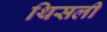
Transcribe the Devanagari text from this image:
थिसली